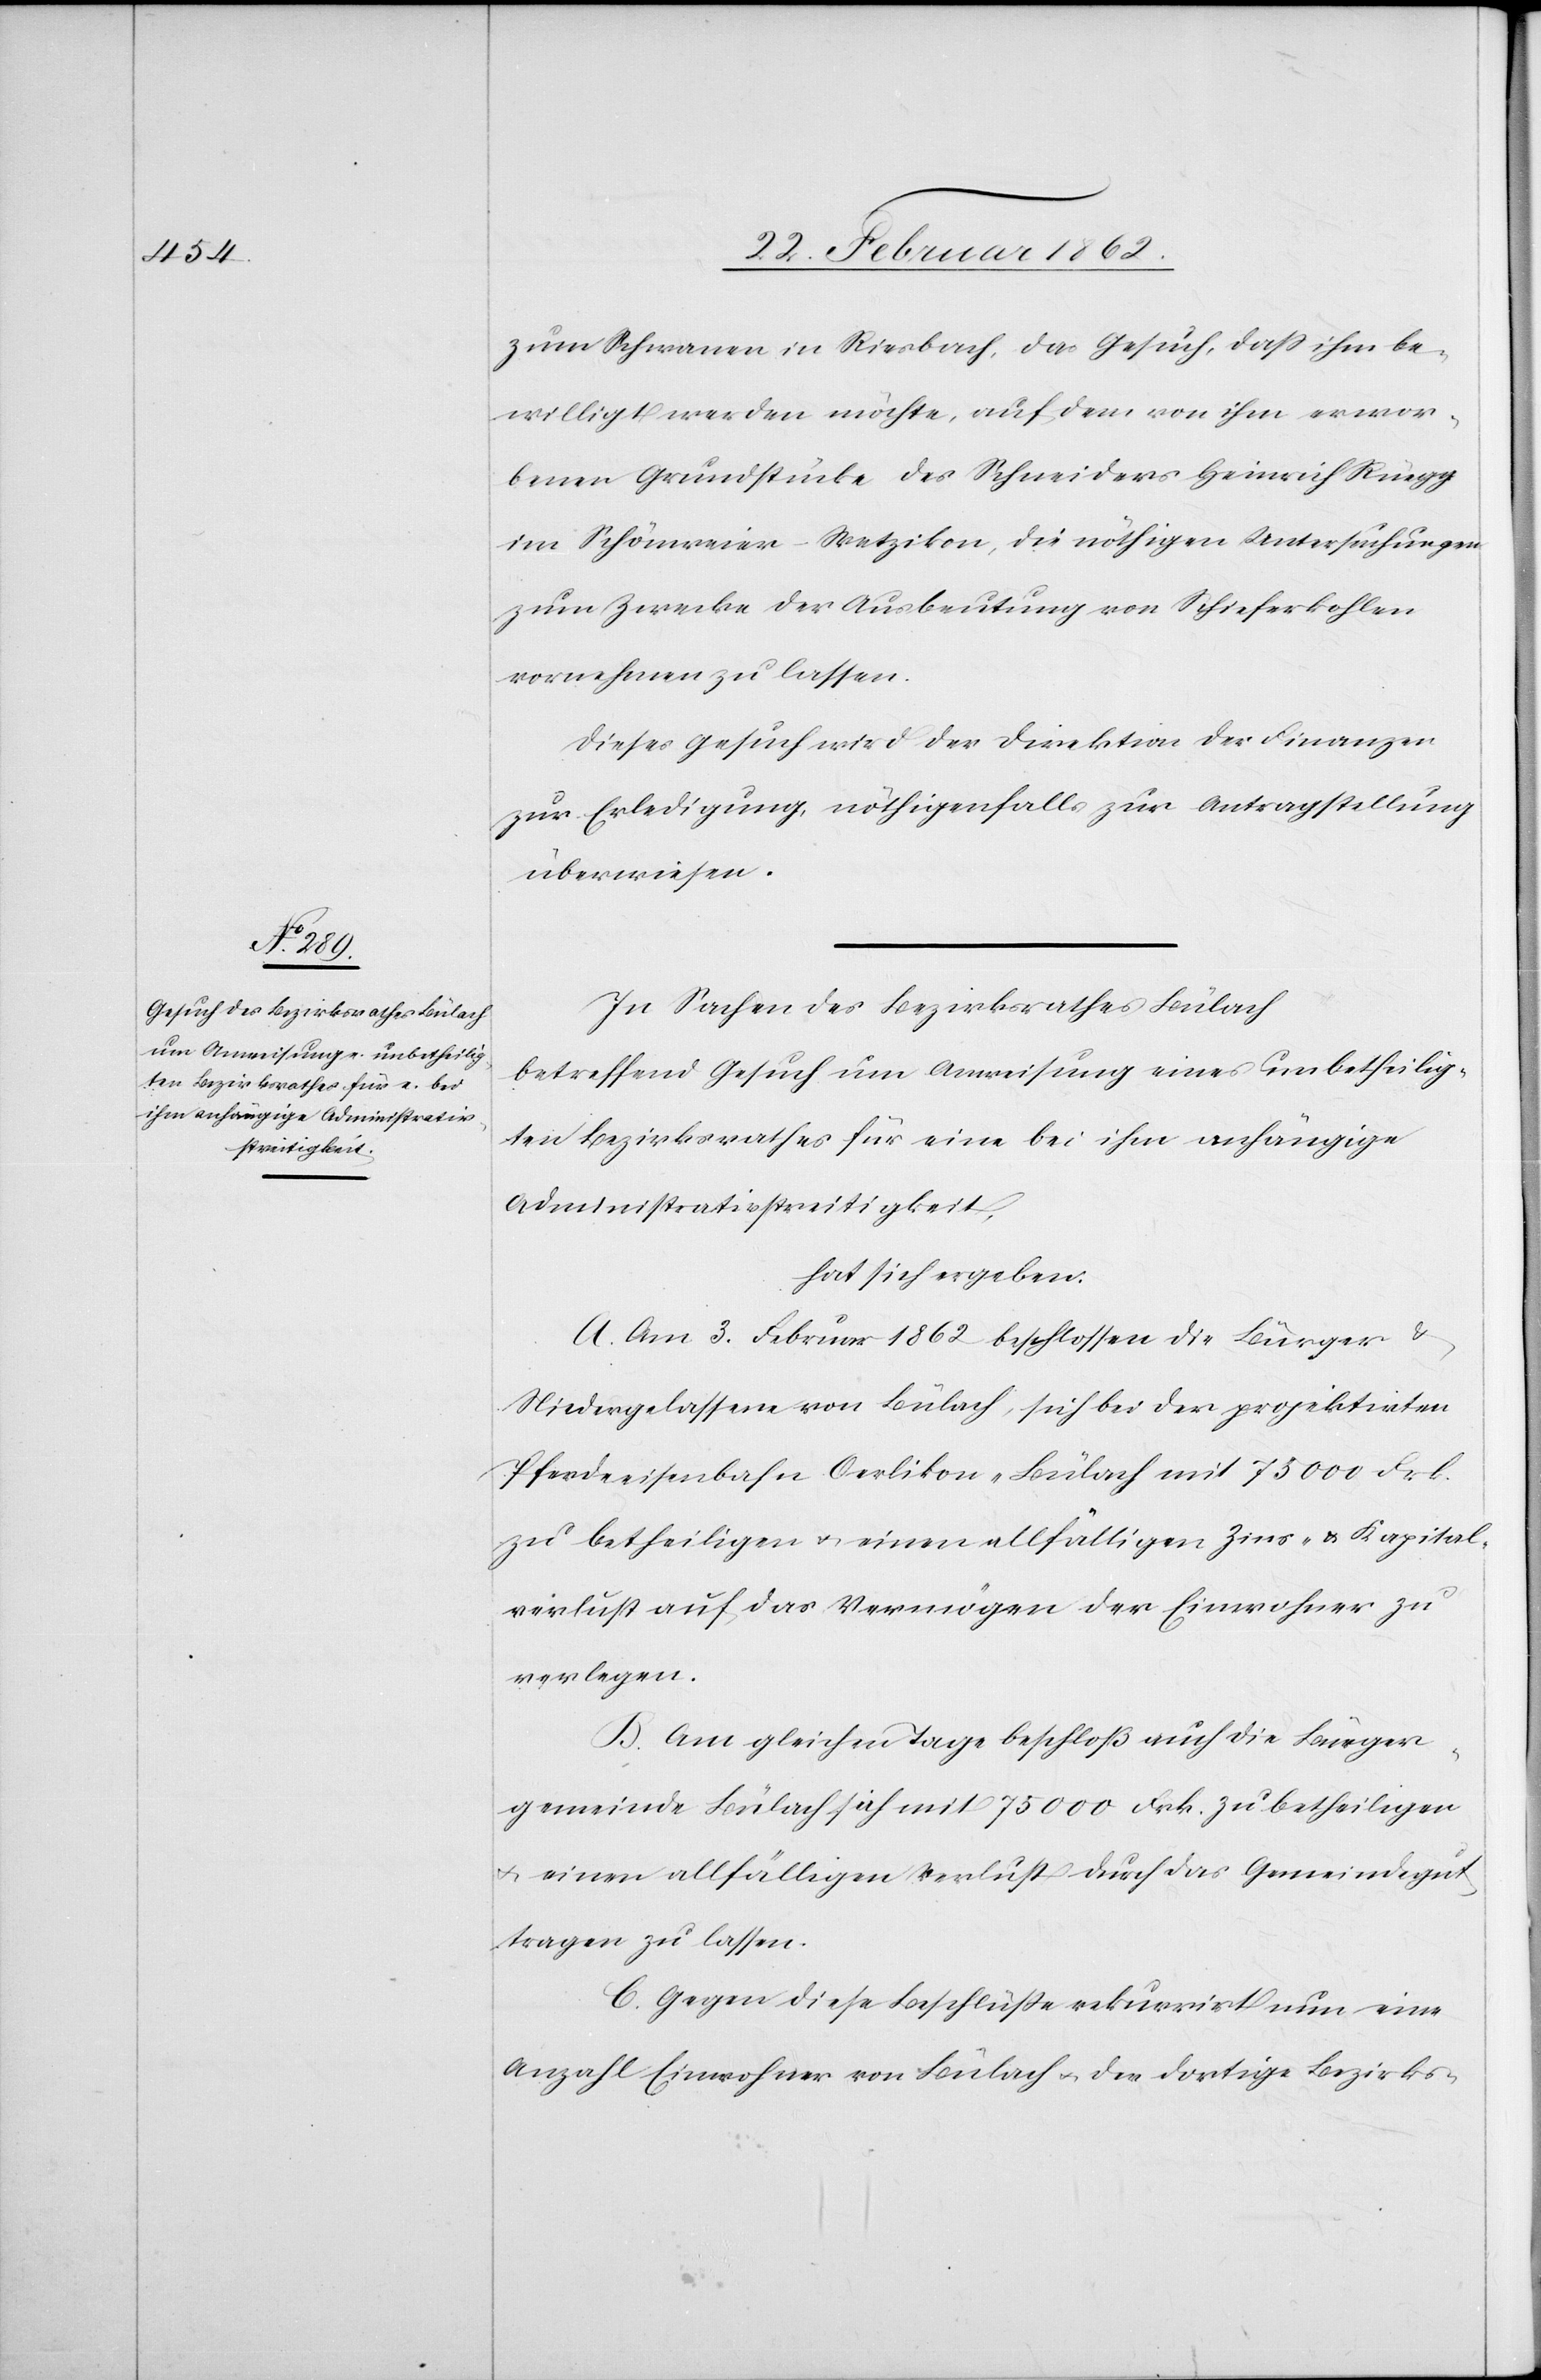
zum Schwanen in Riesbach, das Gesuch, daß ihm be¬
willigt werden möchte, auf dem von ihm erwor¬
benen Grundstücke des Schneiders Heinrich Rüegg
im Schönweier-Wetzikon, die nöthigen Untersuchungen
zum Zwecke der Ausbeutung von Schieferkohlen
vornehmen zu lassen.
Dieses Gesuch wird der Direktion der Finanzen
zur Erledigung, nöthigenfalls zur Antragstellung
überwiesen.
In Sachen des Bezirksrathes Bülach
betreffend Gesuch um Anweisung eines unbetheilig¬
ten Bezirksrathes für eine bei ihm anhängige
Administrativstreitigkeit,
hat sich ergeben:
A. Am 3. Februar 1862 beschlossen die Bürger &
Niedergelassene von Bülach, sich bei der projektirten
Pferdeeisenbahn Oerlikon-Bülach mit 75 000 Frk.
zu betheiligen u. einen allfälligen Zins- & Kapital¬
verlust auf das Vermögen der Einwohner zu
verlegen.
B. Am gleichen Tagen beschloß auch die Bürger¬
gemeinde Bülach sich mit 75 000 Frk. zu betheiligen
u. einen allfälligen Verlust durch das Gemeindegut
tragen zu lassen.
C. Gegen diese Beschlüße rekurrirt nun eine
Anzahl Einwohner von Bülach u. der dortige Bezirks-